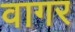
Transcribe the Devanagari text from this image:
वागर